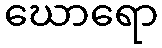
ဃောရော